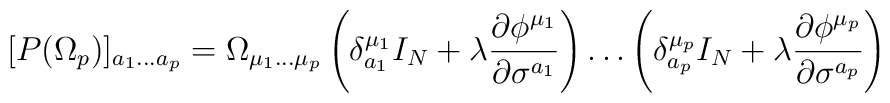
[P(\Omega_p)]_{a_1\ldots a_p}= \Omega_{\mu_1\ldots \mu_p}\left(\delta_{a_1}^{\mu_1}I_N+\lambda\frac{\partial\phi^{\mu_1}}{\partial\sigma^{a_1}}\right)\ldots \left(\delta_{a_p}^{\mu_p}I_N+\lambda\frac{\partial\phi^{\mu_p}}{\partial\sigma^{a_p}}\right)